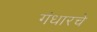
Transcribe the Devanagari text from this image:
गंधारचे